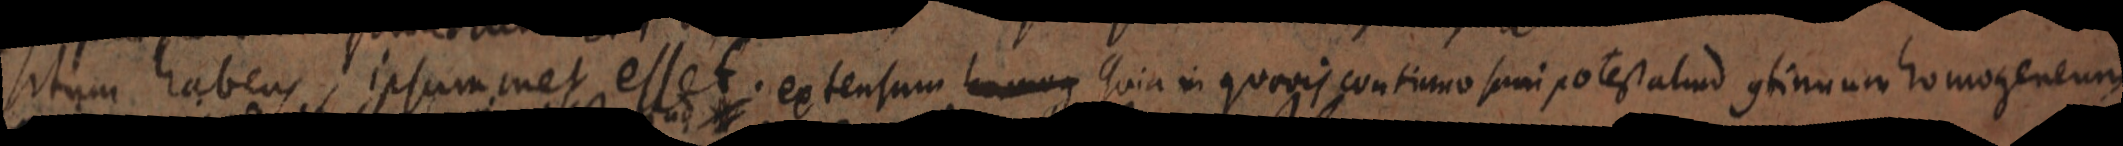
situm habens, ipsum met esset. extensum homog Quia in quavis continuo sumi potest aliud continuum homogeneum